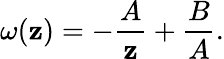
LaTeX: \omega(\mathbf{z})=-\frac{{A}}{{\mathbf{z}}}+\frac{{B}}{{A}}.